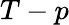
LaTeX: T-p